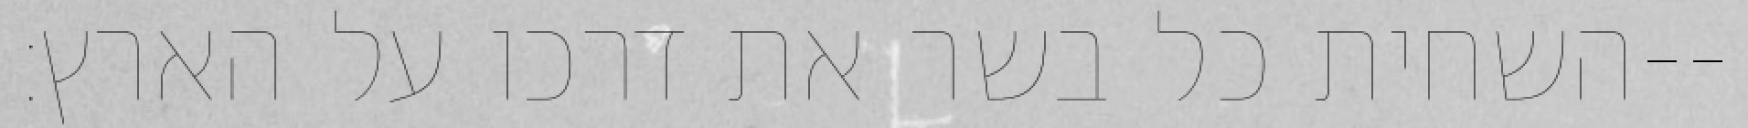
השחית כל בשר את דרכו על הארץ׃--